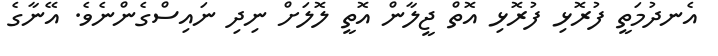
އެނދުމަތީ ފުރޮޅި ފުރޮޅި އޮތް ޖީލާން އޮތީ ލޮލަށް ނިދި ނައިސްގެންނެވެ. އޭނާގެ